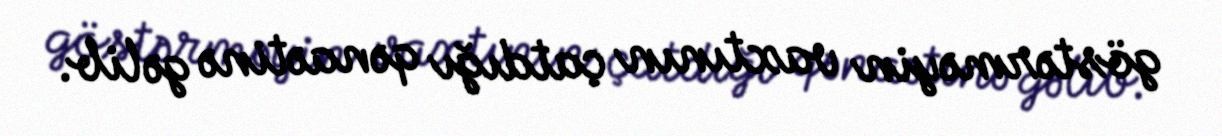
göstərməyin vaxtının çatdığı qənaətinə gəlib.